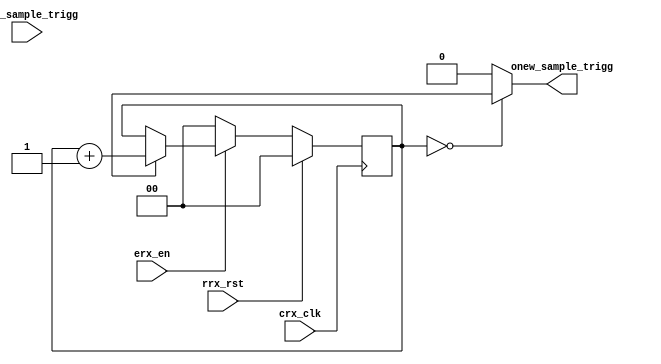
module rx_decimator #(
  parameter DECIMATION = 4
  )(
    input  wire crx_clk          ,  //clock signal
    input  wire rrx_rst          ,  //reset signal
    input  wire erx_en           ,  //enable signal
    input  wire inew_sample_trigg,  
  
    output wire onew_sample_trigg
    );

  reg [$clog2(DECIMATION) - 1:0] rcounter;

  //Delay the enqable signal one clock
  always @(posedge crx_clk) begin
    if (rrx_rst) begin
      rcounter <= 0;
    end else begin
      if (!erx_en) begin
        rcounter <= 0;
      end else begin
        if (inew_sample_trig) begin
          rcounter <= rcounter + 1;
        end
      end
    end
  end

  assign onew_sample_trigg = rcounter == 0 ? inew_sample_trig : 1'b0;

endmodule